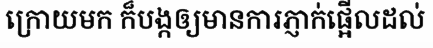
ក្រោយមក ក៏បង្កឲ្យមានការភ្ញាក់ផ្អើលដល់